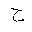
Letter: _ha